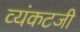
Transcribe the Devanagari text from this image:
व्यंकटजी